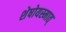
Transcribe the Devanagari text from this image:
शेषोयस्मात्